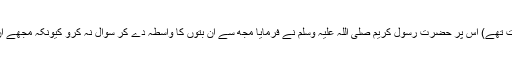
(لات و عزٰی ان کے بڑے بت تھے) اس پر حضرت رسول کریم صلی اللہ علیہ وسلم نے فرمایا مجھ سے ان بتوں کا واسطہ دے کر سوال نہ کرو کیونکہ مجھے ان دونوں سے شدید نفرت ہے۔